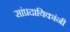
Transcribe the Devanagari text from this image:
सांप्रदायिकांनी